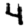
Digit: 4